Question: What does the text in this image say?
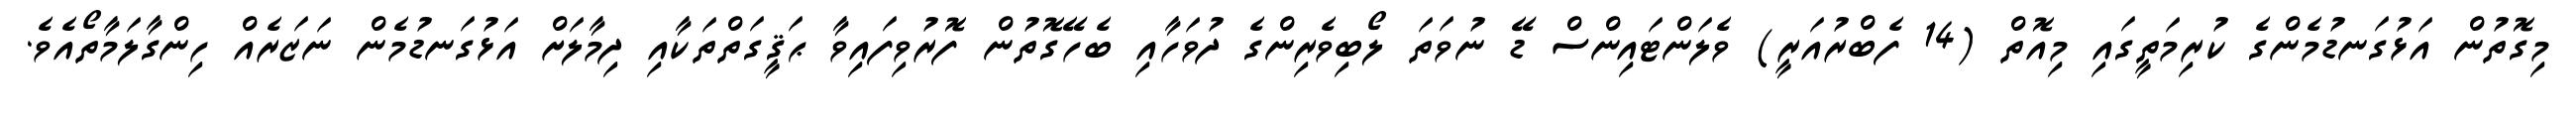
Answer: މިގޮތުން އަޅުގަނޑުމެންގެ ކުރިމަތީގައި މިއޮތް (14 ފެބްރުއަރީ) ވެލަންޓައިންސް ޑޭ ނުވަތަ ލޯބިވެރިންގެ ދުވަހާއި ބެހޭގޮތުން ފޮރުވިފައިވާ ޙަޤީގަތްތަކާއި ދިމާލަށް އަޅުގަނޑުމެން ނަޒަރެއް ހިންގާލަމާތޯއެވެ.